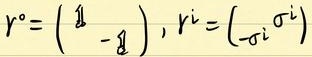
$r^o = \begin{pmatrix} 1 & \\ & -1 \end{pmatrix}, r^i = \begin{pmatrix} & \sigma^i \\ -\sigma^i & \end{pmatrix}$